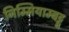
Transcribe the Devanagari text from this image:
निम्मियाम्बट्टू